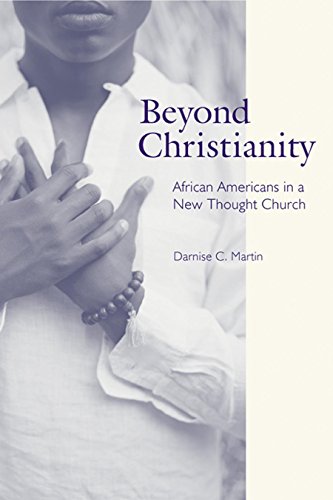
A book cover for Beyond Christianity: African Americans in a New Thought Church (Religion, Race, and Ethnicity); Darnise C. Martin; Christian Books & Bibles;